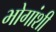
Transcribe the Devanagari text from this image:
भोगांशी